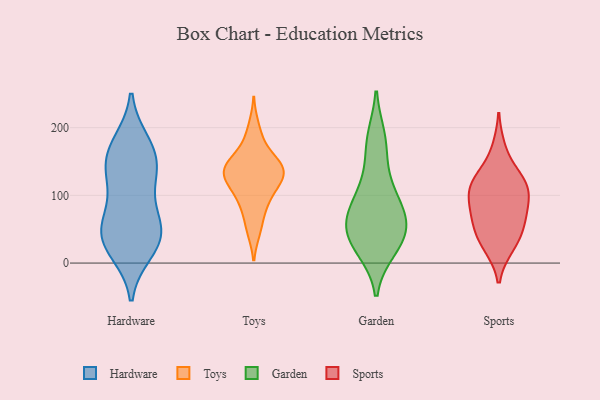
{"axis": {"x": "Operating Costs (USD K)", "y": "Value"}, "legend": ["Garden", "Hardware", "Sports", "Toys"], "data": [{"x": "", "y": 120, "type": "Hardware"}, {"x": "", "y": 48, "type": "Hardware"}, {"x": "", "y": 50, "type": "Hardware"}, {"x": "", "y": 155, "type": "Hardware"}, {"x": "", "y": 124, "type": "Hardware"}, {"x": "", "y": 62, "type": "Hardware"}, {"x": "", "y": 35, "type": "Hardware"}, {"x": "", "y": 176, "type": "Hardware"}, {"x": "", "y": 154, "type": "Hardware"}, {"x": "", "y": 39, "type": "Hardware"}, {"x": "", "y": 77, "type": "Hardware"}, {"x": "", "y": 139, "type": "Hardware"}, {"x": "", "y": 20, "type": "Hardware"}, {"x": "", "y": 178, "type": "Hardware"}, {"x": "", "y": 17, "type": "Hardware"}, {"x": "", "y": 91, "type": "Toys"}, {"x": "", "y": 54, "type": "Toys"}, {"x": "", "y": 136, "type": "Toys"}, {"x": "", "y": 135, "type": "Toys"}, {"x": "", "y": 145, "type": "Toys"}, {"x": "", "y": 146, "type": "Toys"}, {"x": "", "y": 117, "type": "Toys"}, {"x": "", "y": 121, "type": "Toys"}, {"x": "", "y": 158, "type": "Toys"}, {"x": "", "y": 134, "type": "Toys"}, {"x": "", "y": 50, "type": "Toys"}, {"x": "", "y": 124, "type": "Toys"}, {"x": "", "y": 182, "type": "Toys"}, {"x": "", "y": 136, "type": "Toys"}, {"x": "", "y": 90, "type": "Toys"}, {"x": "", "y": 93, "type": "Toys"}, {"x": "", "y": 141, "type": "Toys"}, {"x": "", "y": 200, "type": "Toys"}, {"x": "", "y": 184, "type": "Garden"}, {"x": "", "y": 104, "type": "Garden"}, {"x": "", "y": 63, "type": "Garden"}, {"x": "", "y": 71, "type": "Garden"}, {"x": "", "y": 30, "type": "Garden"}, {"x": "", "y": 55, "type": "Garden"}, {"x": "", "y": 21, "type": "Garden"}, {"x": "", "y": 175, "type": "Garden"}, {"x": "", "y": 28, "type": "Garden"}, {"x": "", "y": 50, "type": "Garden"}, {"x": "", "y": 121, "type": "Garden"}, {"x": "", "y": 80, "type": "Garden"}, {"x": "", "y": 24, "type": "Sports"}, {"x": "", "y": 126, "type": "Sports"}, {"x": "", "y": 59, "type": "Sports"}, {"x": "", "y": 115, "type": "Sports"}, {"x": "", "y": 120, "type": "Sports"}, {"x": "", "y": 123, "type": "Sports"}, {"x": "", "y": 99, "type": "Sports"}, {"x": "", "y": 55, "type": "Sports"}, {"x": "", "y": 45, "type": "Sports"}, {"x": "", "y": 73, "type": "Sports"}, {"x": "", "y": 169, "type": "Sports"}, {"x": "", "y": 25, "type": "Sports"}, {"x": "", "y": 87, "type": "Sports"}, {"x": "", "y": 94, "type": "Sports"}]}